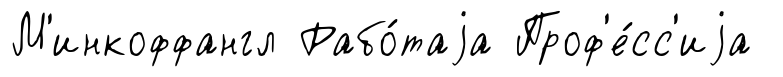
М'инкоффангл Рабо́таjа Проф'е́сс'иjа